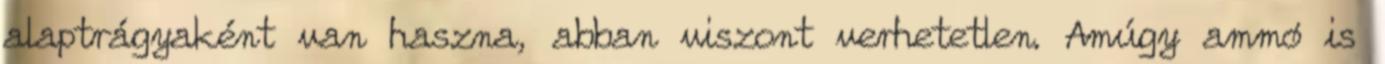
alaptrágyaként van haszna, abban viszont verhetetlen. Amúgy ammó is